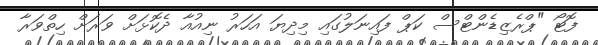
ފޮޓޯ "ޕްރެޒިޑެންޓްސް ކަޕް ފައިނަލުގައި މިދިޔަ އަހަރު ނިއުއާ ދެކޮޅަށް ވަރަށް ހިތްވަރާ